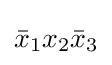
{\bar {x}}_{1}x_{2}{\bar {x}}_{3}